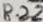
Text: R22